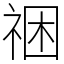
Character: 祵